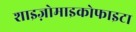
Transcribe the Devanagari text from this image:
शाइज़ोमाइकोफाइटा